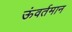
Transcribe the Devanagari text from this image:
ऊंवर्तमान